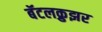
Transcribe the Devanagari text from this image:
बॅटलक्रुझर